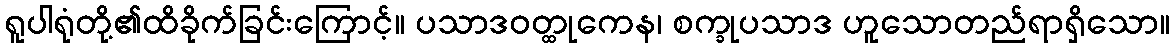
ရူပါရုံတို့၏ထိခိုက်ခြင်းကြောင့်။ ပသာဒဝတ္ထုကေန၊ စက္ခုပသာဒ ဟူသောတည်ရာရှိသော။